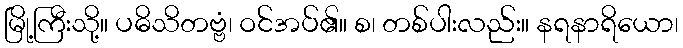
မြို့ကြီးသို့။ ပဓိသိတဗ္ဗံ၊ ဝင်အပ်၏။ စ၊ တစ်ပါးလည်း။ နရနာရိယော၊